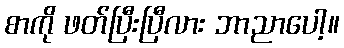
စာကို ဖတ်ပြီးပြီလား ဘာညာပေါ့။